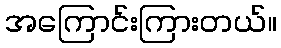
အကြောင်းကြားတယ်။